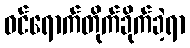
ဝင်ရောက်တိုက်ခိုက်ခဲ့ရာ